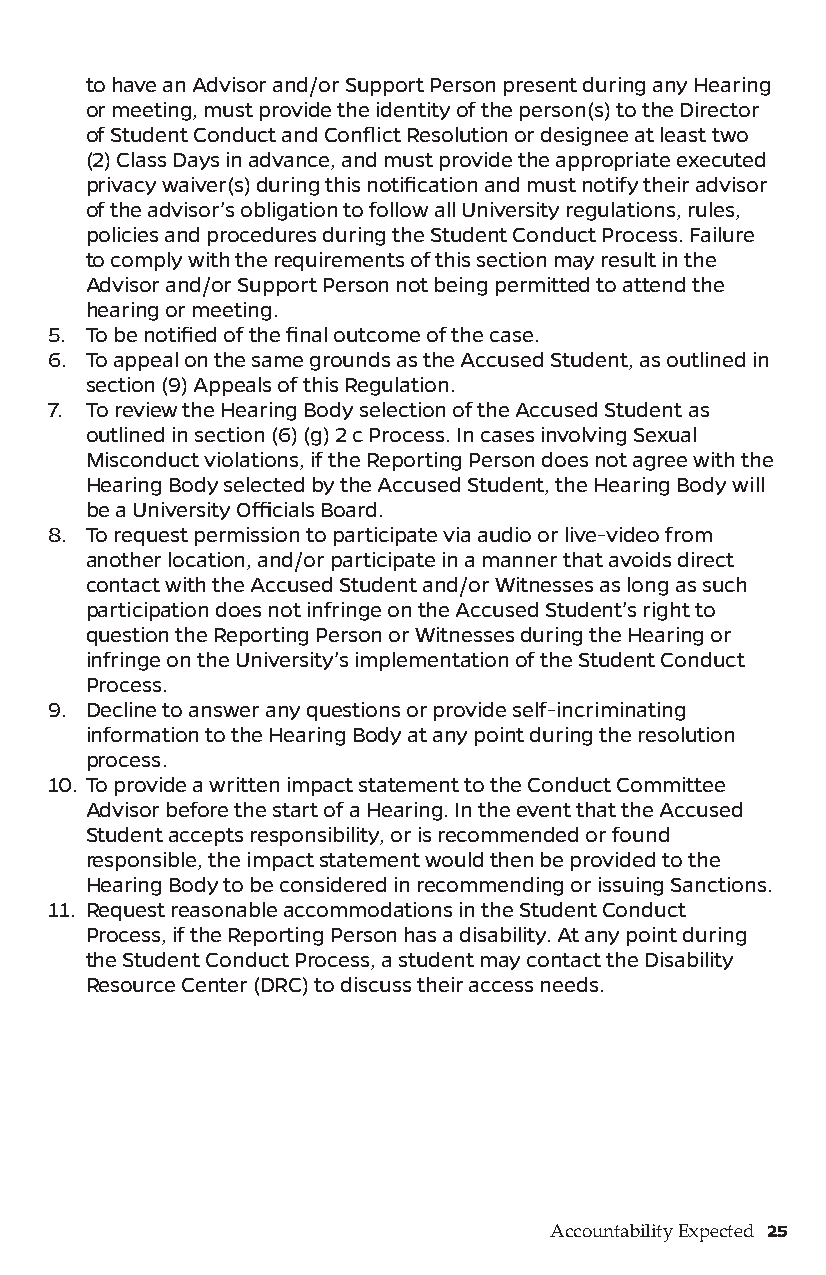
to have an Advisor and/or Support Person present during any Hearing
 or meeting, must provide the identity of the person(s) to the Director
 of Student Conduct and Conflict Resolution or designee at least two
 (2) Class Days in advance, and must provide the appropriate executed
 privacy waiver(s) during this notification and must notify their advisor
 of the advisor’s obligation to follow all University regulations, rules,
 policies and procedures during the Student Conduct Process. Failure
 to comply with the requirements of this section may result in the
 Advisor and/or Support Person not being permitted to attend the
 hearing or meeting.
 5. To be notified of the final outcome of the case.
 6. To appeal on the same grounds as the Accused Student, as outlined in
 section (9) Appeals of this Regulation.
 7. To review the Hearing Body selection of the Accused Student as
 outlined in section (6) (g) 2 c Process. In cases involving Sexual
 Misconduct violations, if the Reporting Person does not agree with the
 Hearing Body selected by the Accused Student, the Hearing Body will
 be a University Officials Board.
 8. To request permission to participate via audio or live-video from
 another location, and/or participate in a manner that avoids direct
 contact with the Accused Student and/or Witnesses as long as such
 participation does not infringe on the Accused Student’s right to
 question the Reporting Person or Witnesses during the Hearing or
 infringe on the University’s implementation of the Student Conduct
 Process.
 9. Decline to answer any questions or provide self-incriminating
 information to the Hearing Body at any point during the resolution
 process.
 10. To provide a written impact statement to the Conduct Committee
 Advisor before the start of a Hearing. In the event that the Accused
 Student accepts responsibility, or is recommended or found
 responsible, the impact statement would then be provided to the
 Hearing Body to be considered in recommending or issuing Sanctions.
 11. Request reasonable accommodations in the Student Conduct
 Process, if the Reporting Person has a disability. At any point during
 the Student Conduct Process, a student may contact the Disability
 Resource Center (DRC) to discuss their access needs.
 Accountability Expected 25